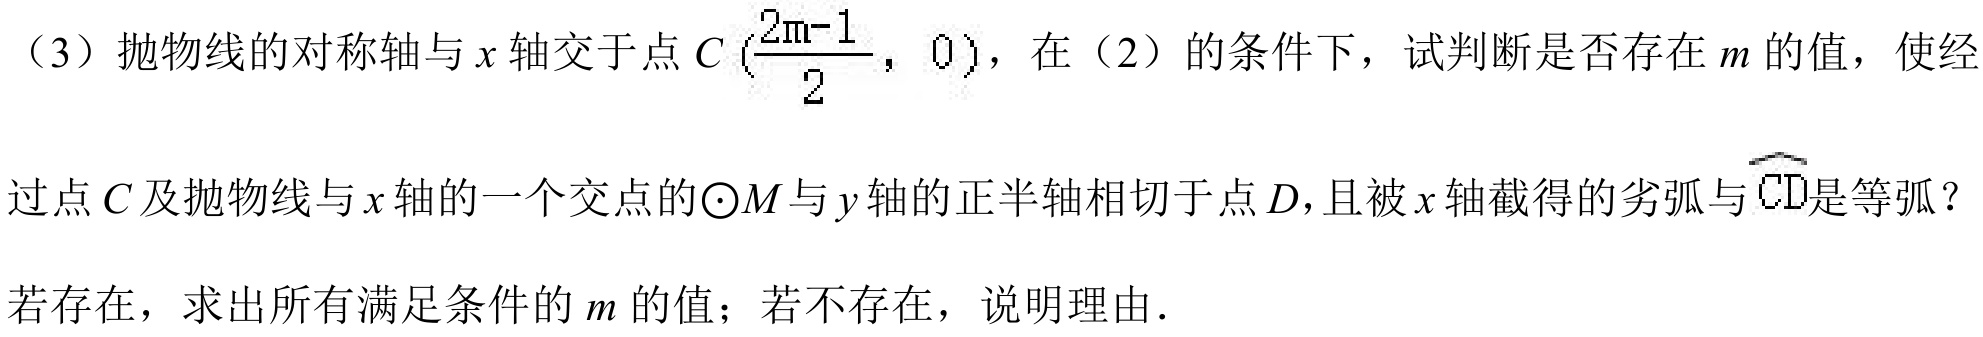
（3）抛物线的对称轴与 \(x\) 轴交于点 \(C (\frac{2m - 1}{2}, 0)\)，在（2）的条件下，试判断是否存在 \(m\) 的值，使经过点 \(C\) 及抛物线与 \(x\) 轴的一个交点的\(\odot M\)与 \(y\) 轴的正半轴相切于点 \(D\)，且被 \(x\) 轴截得的劣弧与 \(\overset{\frown}{CD}\)是等弧？
若存在，求出所有满足条件的 \(m\) 的值；若不存在，说明理由.